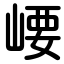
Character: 崾